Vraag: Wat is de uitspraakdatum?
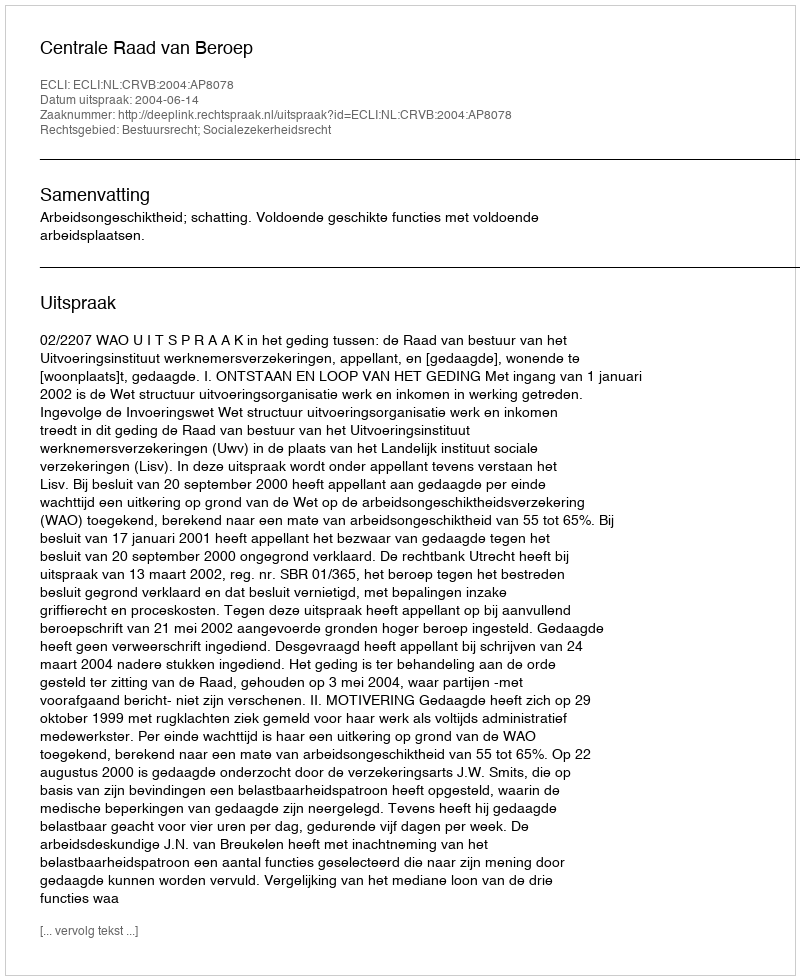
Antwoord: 2004-06-14